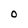
Character: O